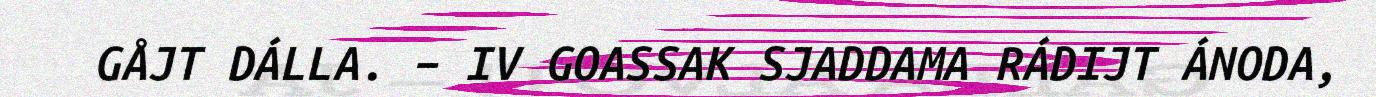
GÅJT DÁLLA. – IV GOASSAK SJADDAMA RÁDIJT ÁNODA,